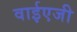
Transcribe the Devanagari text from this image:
वाईएजी